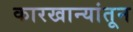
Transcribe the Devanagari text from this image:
कारखान्यांतून